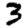
Digit: 3